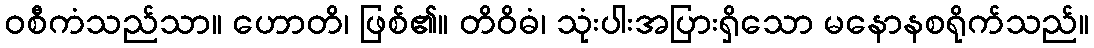
ဝစီကံသည်သာ။ ဟောတိ၊ ဖြစ်၏။ တိဝိဓံ၊ သုံးပါးအပြားရှိသော မနောနစရိုက်သည်။